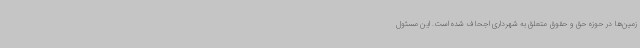
زمین‌ها در حوزه حق و حقوق متعلق به شهرداری اجحاف شده است. این ‌مسئول